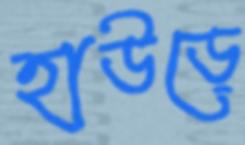
হাউড়ে